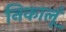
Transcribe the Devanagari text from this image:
निकालूं